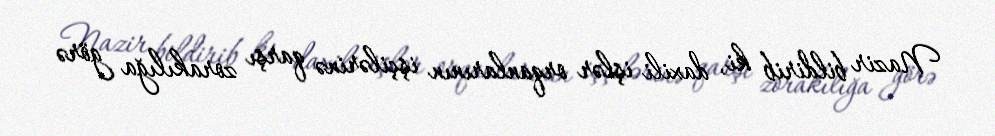
Nazir bildirib ki, daxili işlər orqanlarının işçilərinə qarşı zorakılığa görə